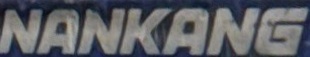
NANKANG